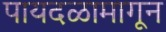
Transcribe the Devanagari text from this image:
पायदळामागून